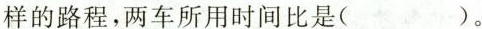
样的路程，两车所用时间比试（）。